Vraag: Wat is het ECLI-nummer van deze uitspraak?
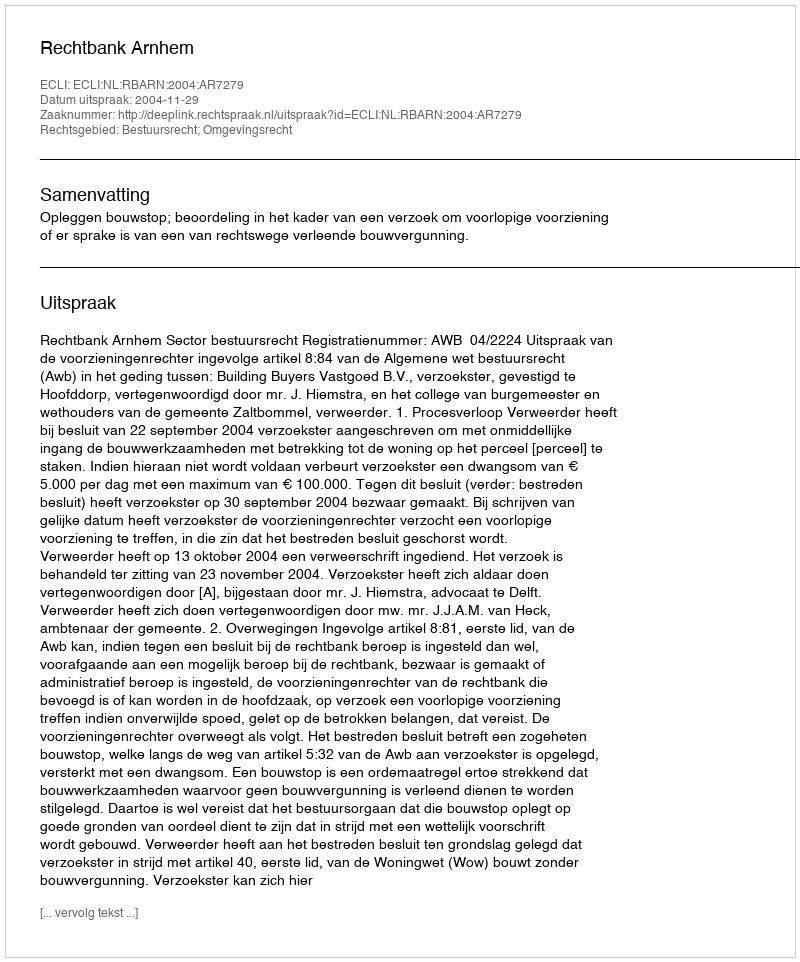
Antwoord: ECLI:NL:RBARN:2004:AR7279